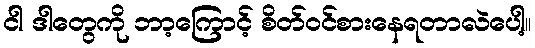
ငါ ဒါတွေကို ဘာ့ကြောင့် စိတ်ဝင်စားနေရတာလဲပေါ့။